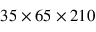
3 5 \times 6 5 \times 2 1 0